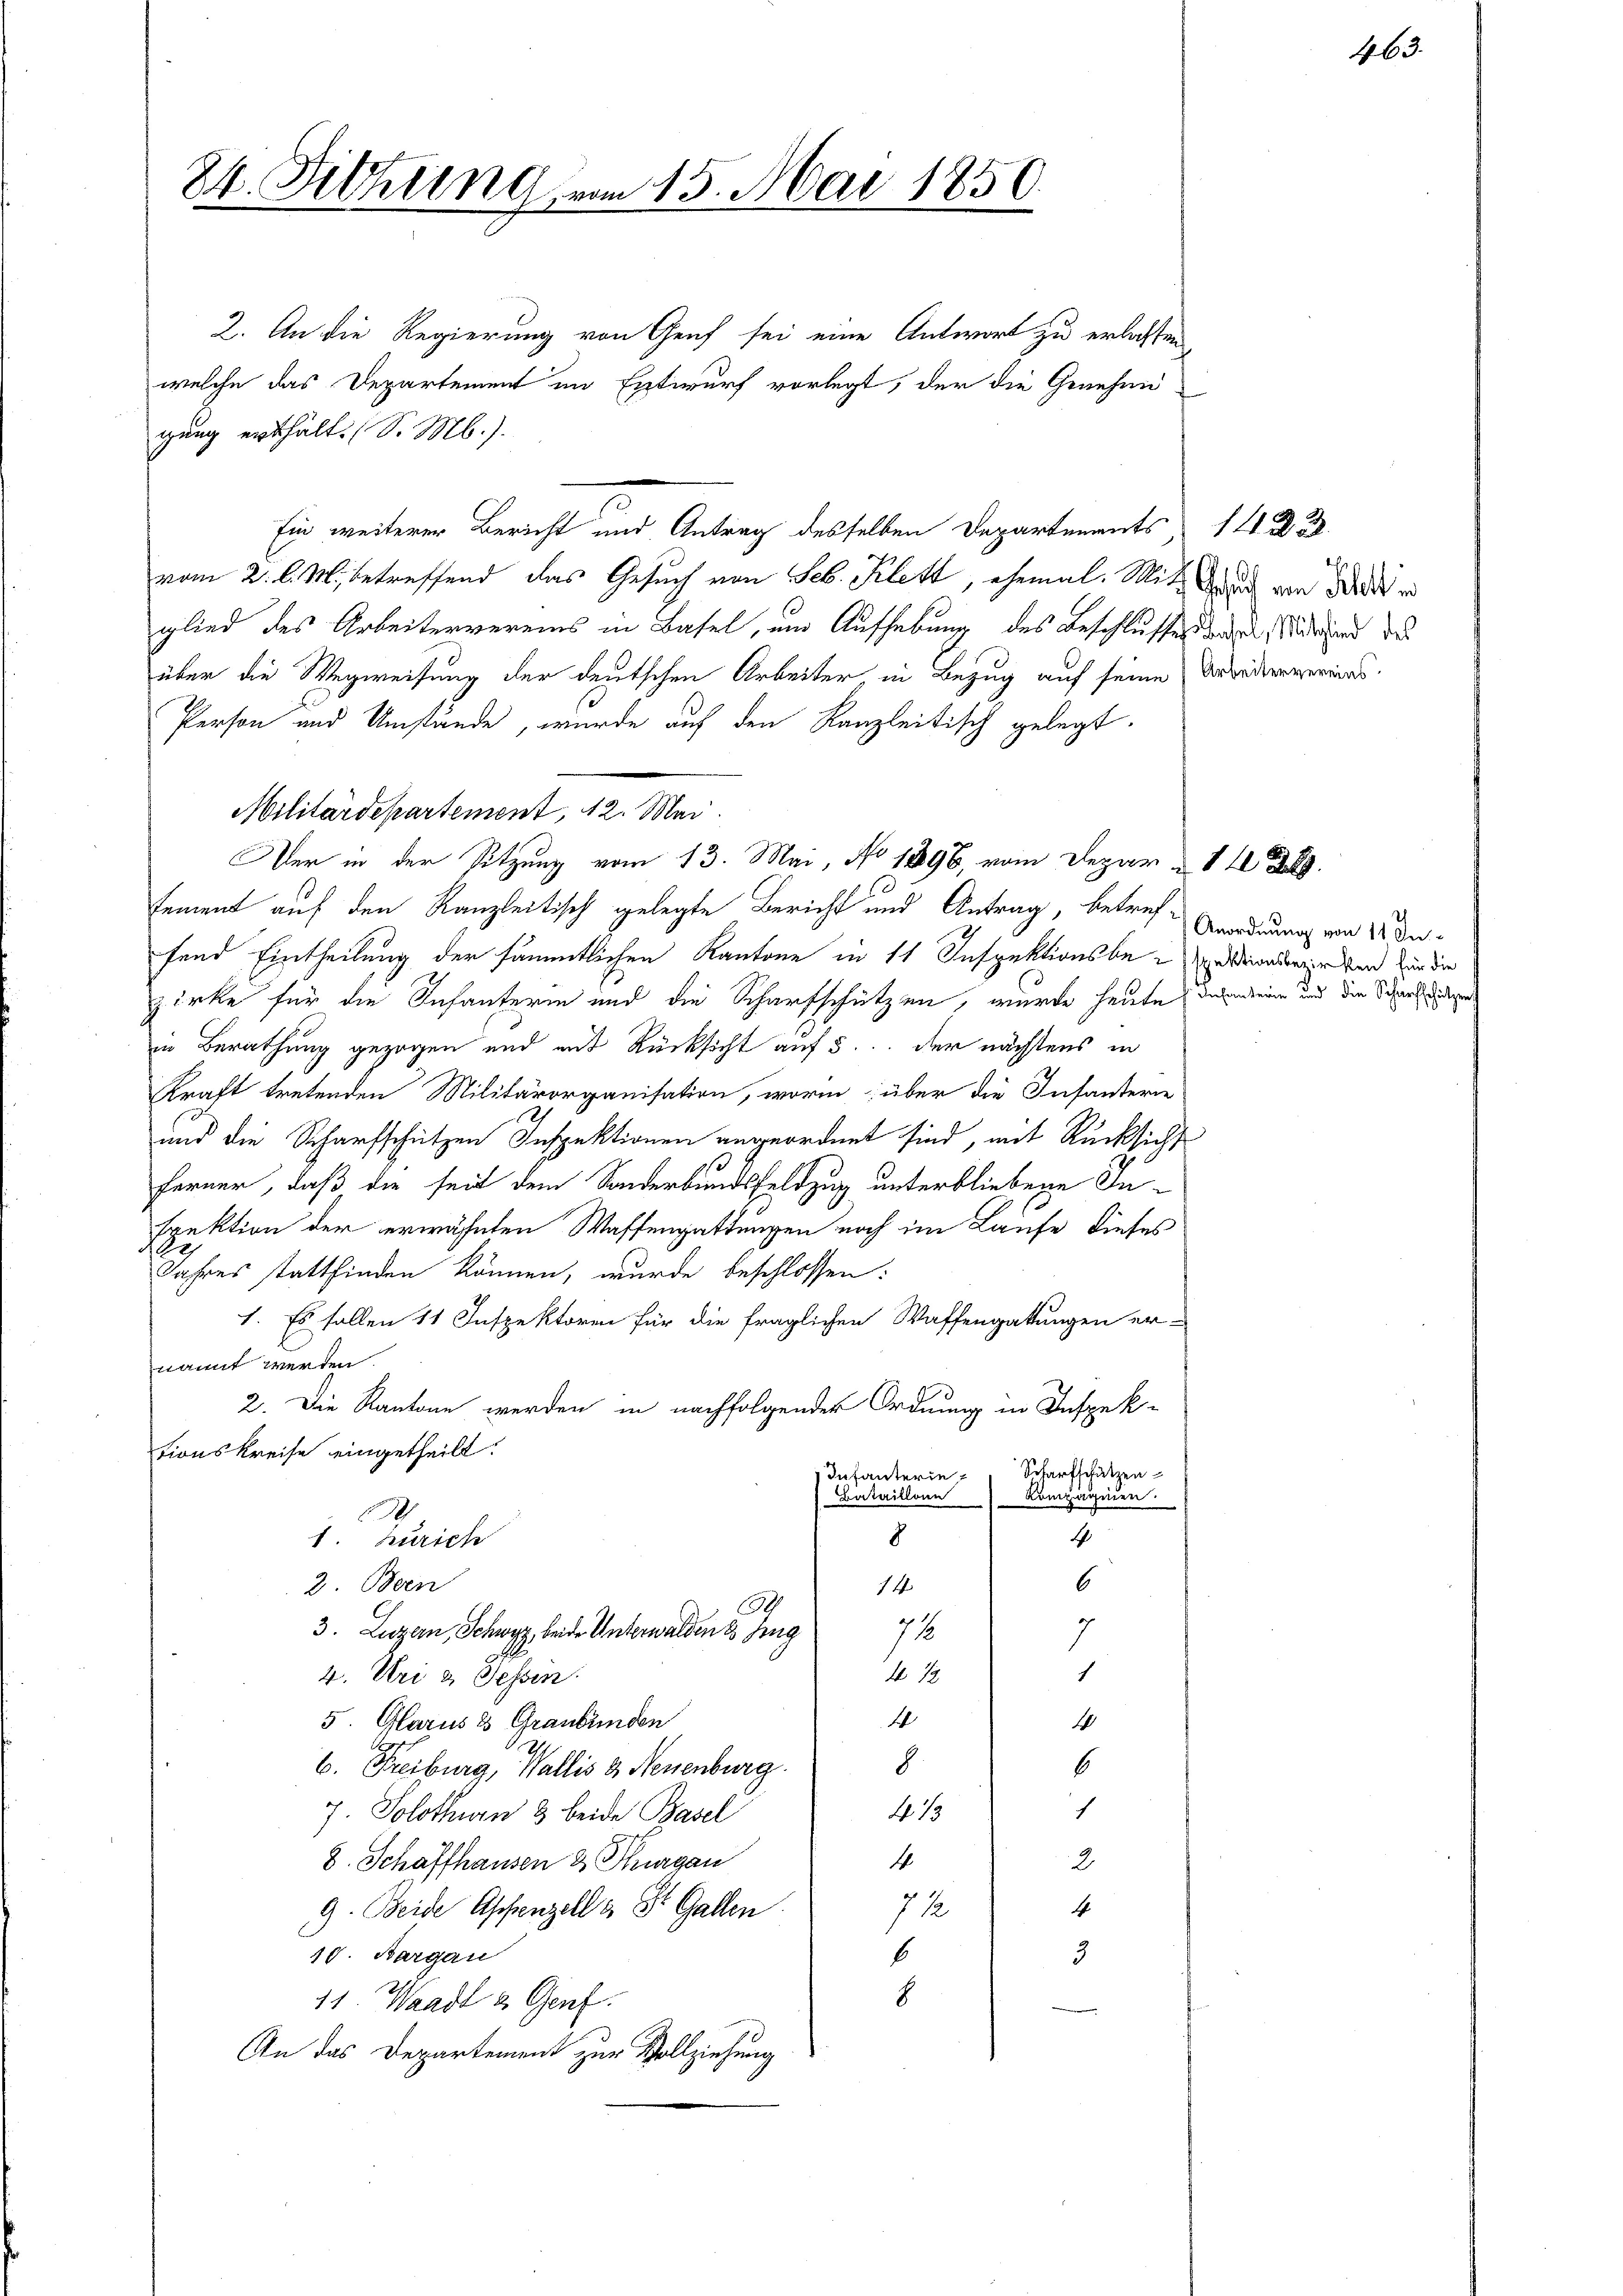
84. Sitzung vom 15. Mai 1850.

2. An die Regierung von Genf sei eine Antwort zu erlassen
welche das Departement im Entwurf vorlegt, der die Genehmi
gung erthält. (S. M.).
Ein weiterer Bericht und Antrag desselben Departements
vom 2. l. M. betreffend das Gesuch von Seb. Klett, ehemal. Mit Grade von Wider
glied des Arbeitervereins in Basel, um Aufhebung des Beschlusses der Seiterend des
über die Wegweisung der deutschen Arbeiter, in Bezug auf seine Verledergerras
Person und Umstände, wurde auf den Kanzleitisch gelegt.
Militärdepartement, 12. Mai.
Der in der Sitzung vom 13. Mai, No 1896, vom Depart
sement auf den Kanzleitisch gelegte Bericht und Antrag, betref-
fend Eintheilung der sämmtlichen Kantone in 11 Inspektionsbesondere kan für die
zirke für die Infanterin und die Scharfschützen, wurde heute die eine und die Schart der
in Berathung gezogen und mit Rücksicht auf 5. der nächstens in
Kraft tretenden Militärorganisation, worin über die Infanterne
und die Scharfschützen Inspektionen angeordnet sind, mit Rücksicht
ferner, daß die seit dem Sonderbundsfeldzug, unterbliebene Inspektion der erwähnten Waffengattungen noch im Laufe dieses
Jahres stattfinden können, wurde beschlossen:
1. Es sollen 11 Inspektoren für die fraglichen Waffengattungen er-
nannt werden.
2. Die Kantone werden in nachfolgender Ordnung in Inspektionskreise eingetheilt.
Scharfschützen
Infanterie-
Kompagnien.
Bataillone
.
4
8
1. Zürich
6
2. Been
14
0
d
3. Luzern, Schwyz, beide Unterwalden 8 Jung
71
1
4 1/2
4. Uri u. Tessin.
4
5 Glarus & Graubünden
1
8.
6
6. Freiburg, Wallis 3. Neuenburg.
1
413
7. Solothurn 3 beide Basel
4
8. Schaffhausen 2 Thurgau
2
4
72
9. Beide Appenzell & St. Gallen
6
10. Bargau
3
8
11. Waadt & Genf.
An das Departement zur Vollziehung

14. d. 3.

463.

Anordnung von 11 In-